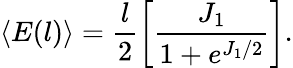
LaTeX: \langle E(l)\rangle=\frac{l}{2}\left[\frac{J_{1}}{1+e^{J_{1}/2}}\right].